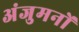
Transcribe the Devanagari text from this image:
अंजुमनों